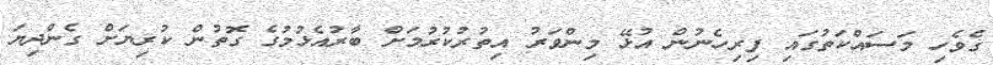
ގެވެހި މަސައްކަތުގައި ފިރިހެނުން އުޅޭ މިންވަރު އިތުރުކުރުމަށް ބާރުއެޅުމުގެ ގޮތުން ކުރިޔަށް ގެންދިޔަ